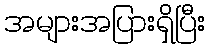
အများအပြားရှိပြီး